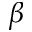
\beta